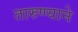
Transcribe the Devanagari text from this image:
तारुण्याने